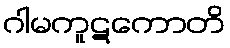
ဂါမကူဋကောတိ